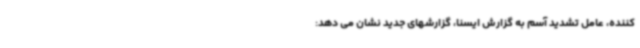
کننده، عامل تشدید آسم به گزارش ایسنا، گزارشهای جدید نشان می دهد: